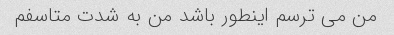
من می ترسم اینطور باشد من به شدت متاسفم